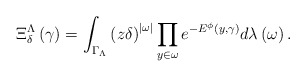
\begin{align*}\Xi_\delta^\Lambda \left( \gamma \right) = \int_{\Gamma_{\Lambda}}\left( z\delta \right) ^{\left\vert \omega \right\vert}\prod\limits_{y\in \omega }e^{-E^\phi\left( y,\gamma \right)}d \lambda \left( \omega \right).\end{align*}